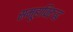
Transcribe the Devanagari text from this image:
समूहाविरुद्ध